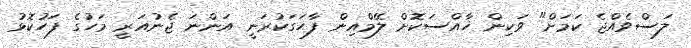
ލަސްވެއްޖެ ކަމަށް" ވަކިން ޚާއްސަކޮށް ލޭމްއިން ފާޙަގަކުރަނީ އަންނަ ޖެނުއަރީ މަހުގެ ފަހުކޮޅު